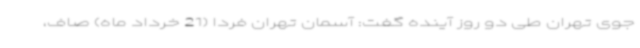
جوی تهران طی دو روز آینده گفت: آسمان تهران فردا (21 خرداد ماه) صاف،